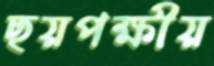
ছয়পক্ষীয়